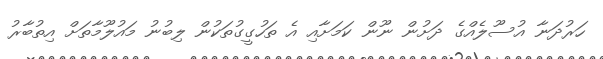
ހަރުދަނާ އުސޫލެއްގެ ދަށުން ނޫން ކަމަށާއި އެ ތަހުގީގުތަކުން ލިބުނު މައުލޫމާތަށް އިތުބާރު